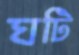
ঘটি